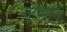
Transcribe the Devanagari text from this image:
रागबीग